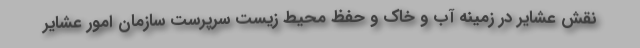
نقش عشایر در زمینه آب و خاک و حفظ محیط زیست سرپرست سازمان امور عشایر